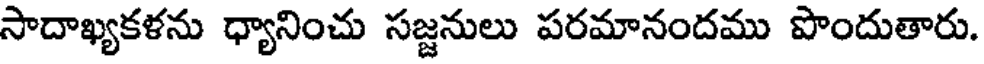
సాదాఖ్యకళను ధ్యానించు సజ్జనులు పరమానందము పొందుతారు.